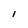
Character: l